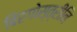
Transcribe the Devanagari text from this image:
बिरगोस्त्रीनि